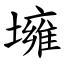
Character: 㙲